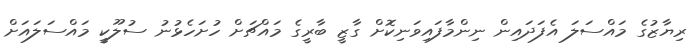
ރިޔާޒުގެ މައްސަލަ އެފަދައިން ނިންމާފައިވަނިކޮށް ގާޒީ ބާރީގެ މައްޗަށް ހުށަހެޅުނު ސުލޫކީ މައްސަލައަށް